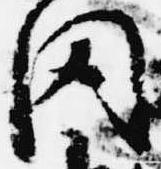
聞